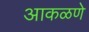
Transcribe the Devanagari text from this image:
आकळणे